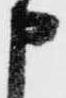
申